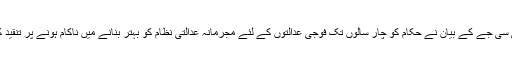
آئی سی جے کے بیان نے حکام کو چار سالوں تک فوجی عدالتوں کے لئے مجرمانہ عدالتی نظام کو بہتر بنانے میں ناکام ہونے پر تنقید کی۔